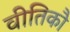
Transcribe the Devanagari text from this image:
वीतिकौ